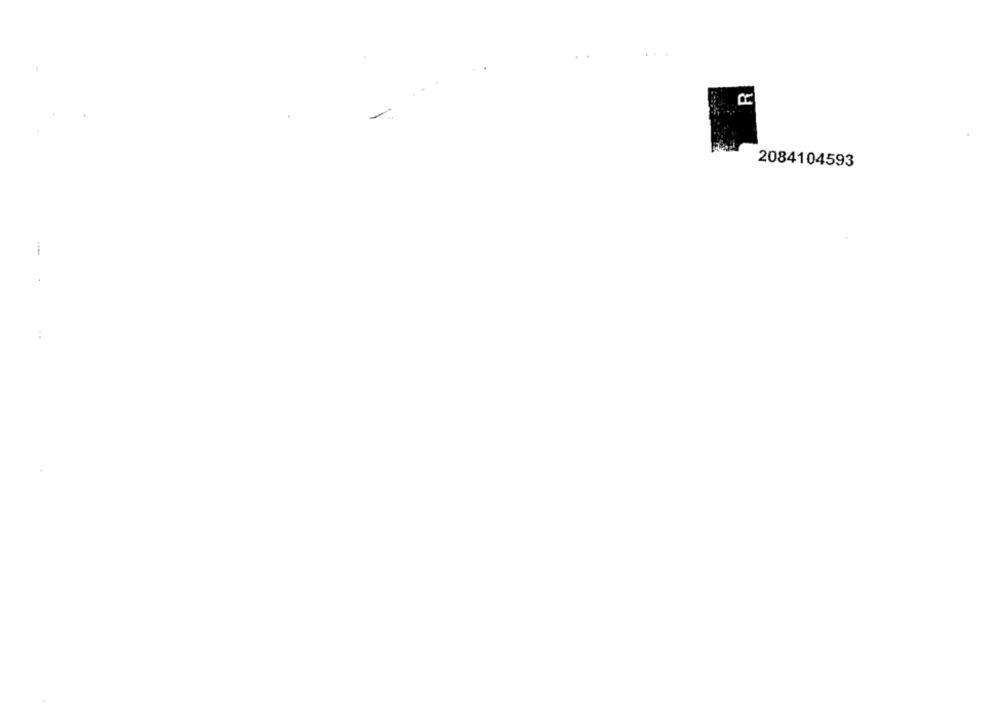
2084104593